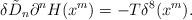
LaTeX: \begin{align*}\delta \tilde{D}_{n}\partial^{n} H(x^m) = - T \delta^{8}(x^{m}).\end{align*}